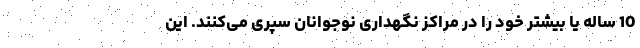
10 ساله یا بیشتر خود را در مراکز نگهداری نوجوانان سپری می‌کنند. این